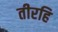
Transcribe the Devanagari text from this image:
तीरहि